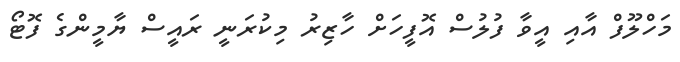
މަހްލޫފް އާއި އީވާ ފުލުސް އޮފީހަށް ހާޒިރު މިކުރަނީ ރައީސް ޔާމީންގެ ފޮޓޯ